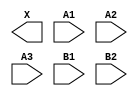
/**
 * Copyright 2020 The SkyWater PDK Authors
 *
 * Licensed under the Apache License, Version 2.0 (the "License");
 * you may not use this file except in compliance with the License.
 * You may obtain a copy of the License at
 *
 *     https://www.apache.org/licenses/LICENSE-2.0
 *
 * Unless required by applicable law or agreed to in writing, software
 * distributed under the License is distributed on an "AS IS" BASIS,
 * WITHOUT WARRANTIES OR CONDITIONS OF ANY KIND, either express or implied.
 * See the License for the specific language governing permissions and
 * limitations under the License.
 *
 * SPDX-License-Identifier: Apache-2.0
 */

`ifndef SKY130_FD_SC_HS__O32A_BLACKBOX_V
`define SKY130_FD_SC_HS__O32A_BLACKBOX_V

/**
 * o32a: 3-input OR and 2-input OR into 2-input AND.
 *
 *       X = ((A1 | A2 | A3) & (B1 | B2))
 *
 * Verilog stub definition (black box without power pins).
 *
 * WARNING: This file is autogenerated, do not modify directly!
 */

`timescale 1ns / 1ps
`default_nettype none

(* blackbox *)
module sky130_fd_sc_hs__o32a (
    X ,
    A1,
    A2,
    A3,
    B1,
    B2
);

    output X ;
    input  A1;
    input  A2;
    input  A3;
    input  B1;
    input  B2;

    // Voltage supply signals
    supply1 VPWR;
    supply0 VGND;

endmodule

`default_nettype wire
`endif  // SKY130_FD_SC_HS__O32A_BLACKBOX_V